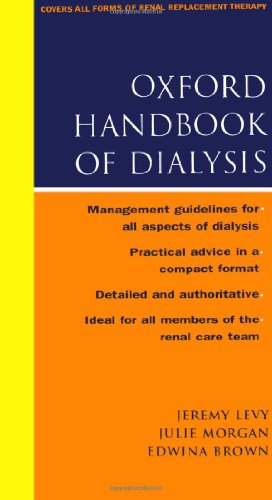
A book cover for Oxford Handbook of Dialysis (Oxford Medical Publications); Jeremy Levy; Medical Books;